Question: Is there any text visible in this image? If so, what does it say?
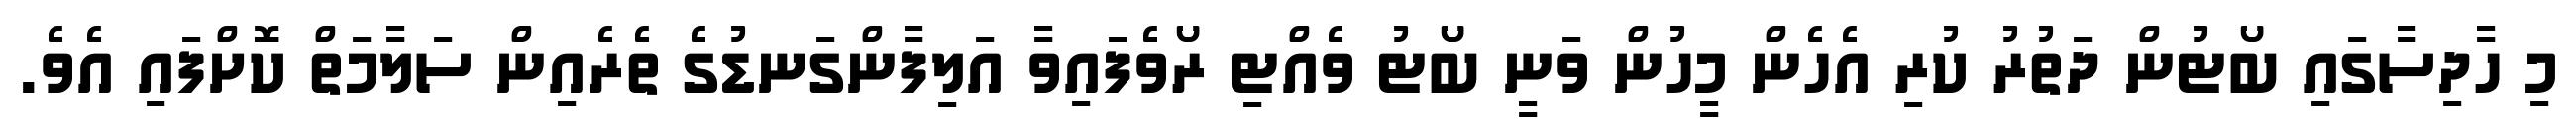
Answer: މި ހާދިސާގައި ބޯޓުން ދަތުރު ކުރި އެހެން މީހުން ވަނީ ބޯޓު ވެއްޓި ރޯވެފައިވާ އަލިފާންގަނޑުގެ ތެރެއިން ސަލާމަތް ކޮށްފައި އެވެ.